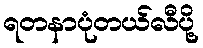
ရတနာပုံတယ်လီပို့